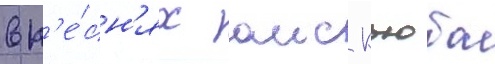
в п'е́сн'ях аис кьюба